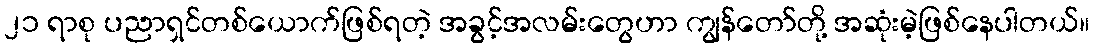
၂၁ ရာစု ပညာရှင်တစ်ယောက်ဖြစ်ရတဲ့ အခွင့်အလမ်းတွေဟာ ကျွန်တော်တို့ အဆုံးမဲ့ဖြစ်နေပါတယ်။